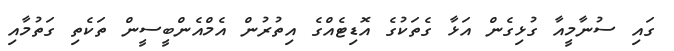
ގަައި ސުނާމީއާ ގުޅިގެން އަޅާ ގެތަކުގެ އޮޑިޓެއްގެ އިތުރުން އެމްއެންބީސީން ތަކެތި ގަތުމާއި